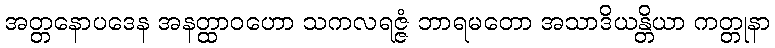
အတ္တနောပဒေန အနတ္ထာဝဟော သကလရဇ္ဇံ ဘာရမတော အသာဒိယန္တိယာ ကတ္တုနာ